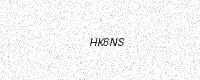
Text: HK6NS